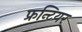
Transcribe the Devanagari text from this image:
फ्रन्टियर